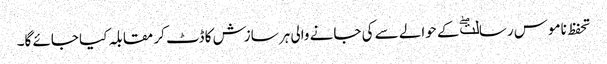
تحفظ ناموس رسالتۖ کے حوالے سے کی جانے والی ہر سازش کا ڈٹ کر مقابلہ کیا جائے گا۔